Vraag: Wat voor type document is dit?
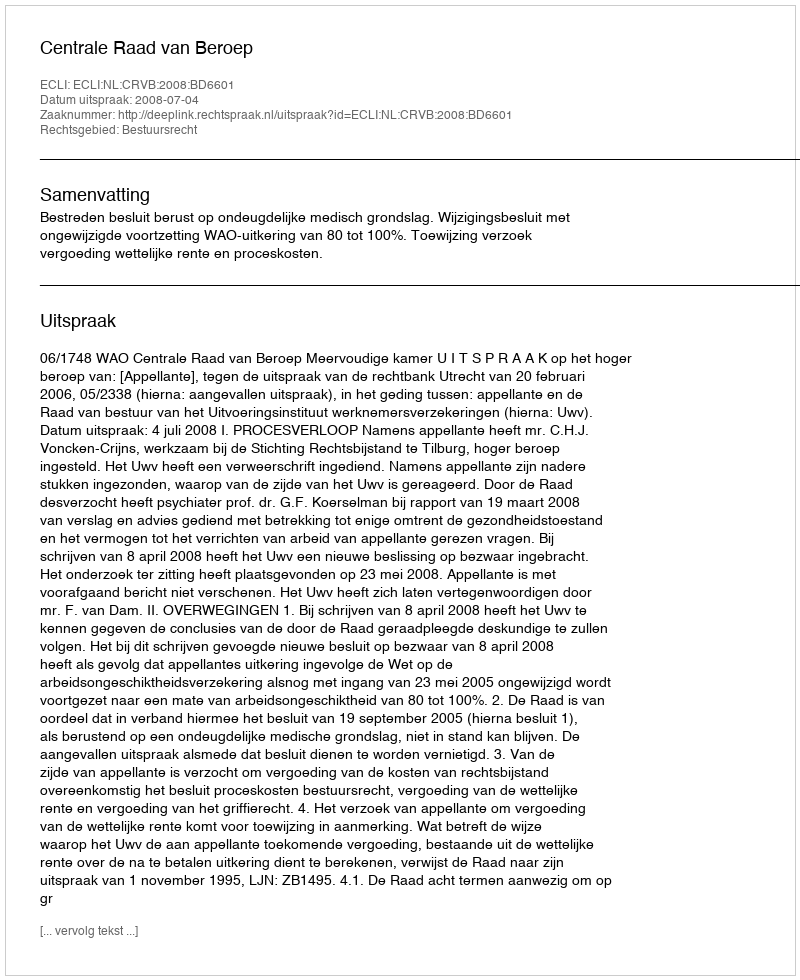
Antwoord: Uitspraak